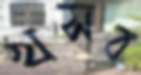
খসব